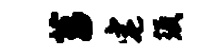
菖宅须